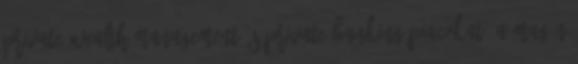
Private Wealth Management és Private Banking piacokat. A magán